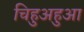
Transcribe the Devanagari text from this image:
चिहुअहुआ